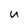
Character: u